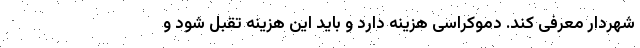
شهردار معرفی کند. دموکراسی هزینه دارد و باید این هزینه تقبل شود و